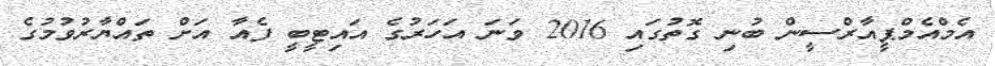
އެމްއެމްޕީއާރްސީން ބުނި ގޮތުގައި 2016 ވަނަ އަހަރުގެ އައިޓީބީ ފެއާ އަށް ތައްޔާރުވުމުގެ